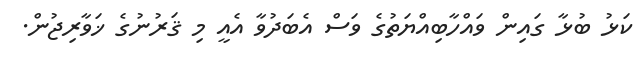
ކަޅު ބުޅާ ގައިން ވައްހާބިއްޔަތުގެ ވަސް އެބަދުވާ އެއީ މި ޤަރުނުގެ ޚަވާރިޖުން.